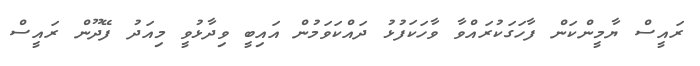
ރައީސް ޔާމީންކަން ފާހަގަކުރައްވާ ވާހަކަފުޅު ދައްކަވަމުން އައިބީ ވިދާޅުވީ މިއަދު ފޭދޫން ރައީސް